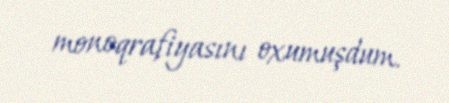
monoqrafiyasını oxumuşdum.